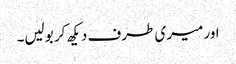
اور میری طرف دیکھ کر بولیں۔